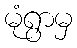
မုံရွာမှ